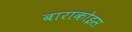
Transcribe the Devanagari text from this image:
बाराकोइस